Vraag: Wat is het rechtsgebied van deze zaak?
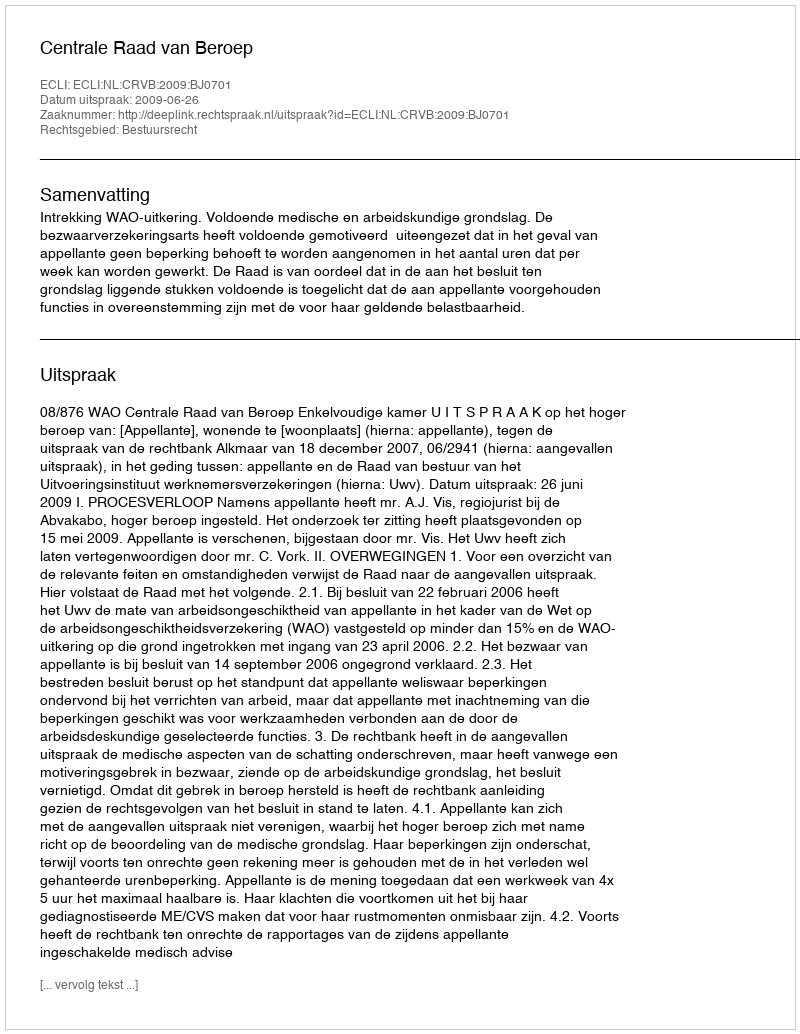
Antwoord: Bestuursrecht